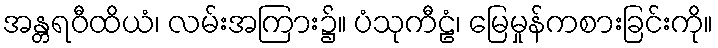
အန္တရဝီထိယံ၊ လမ်းအကြား၌။ ပံသုကီဠံ၊ မြေမှုန်ကစားခြင်းကို။